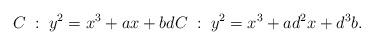
LaTeX: \begin{align*} C \; : \; y^2 = x^3+ax+b dC \; : \; y^2 = x^3 + a d^2 x+d^3b.\end{align*}